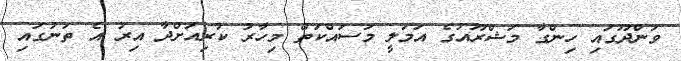
ވަންދޫގައި ހިންގާ މަޝްރޫއުގެ އަމަލީ މަސައްކަތް މިހާރު ކުރިއަށްދާ އިރު އެ ތަނުގައި